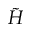
\tilde { H }